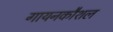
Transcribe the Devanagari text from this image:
गायनकौशल